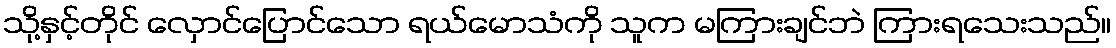
သို့နှင့်တိုင် လှောင်ပြောင်သော ရယ်မောသံကို သူက မကြားချင်ဘဲ ကြားရသေးသည်။